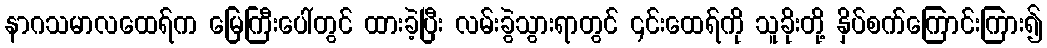
နာဂသမာလထေရ်က မြေကြီးပေါ်တွင် ထားခဲ့ပြီး လမ်းခွဲသွားရာတွင် ၎င်းထေရ်ကို သူခိုးတို့ နှိပ်စက်ကြောင်းကြား၍